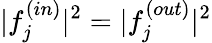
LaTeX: \lvert f_{j}^{(in)}\rvert^{2}=\lvert f_{j}^{(out)}\rvert^{2}